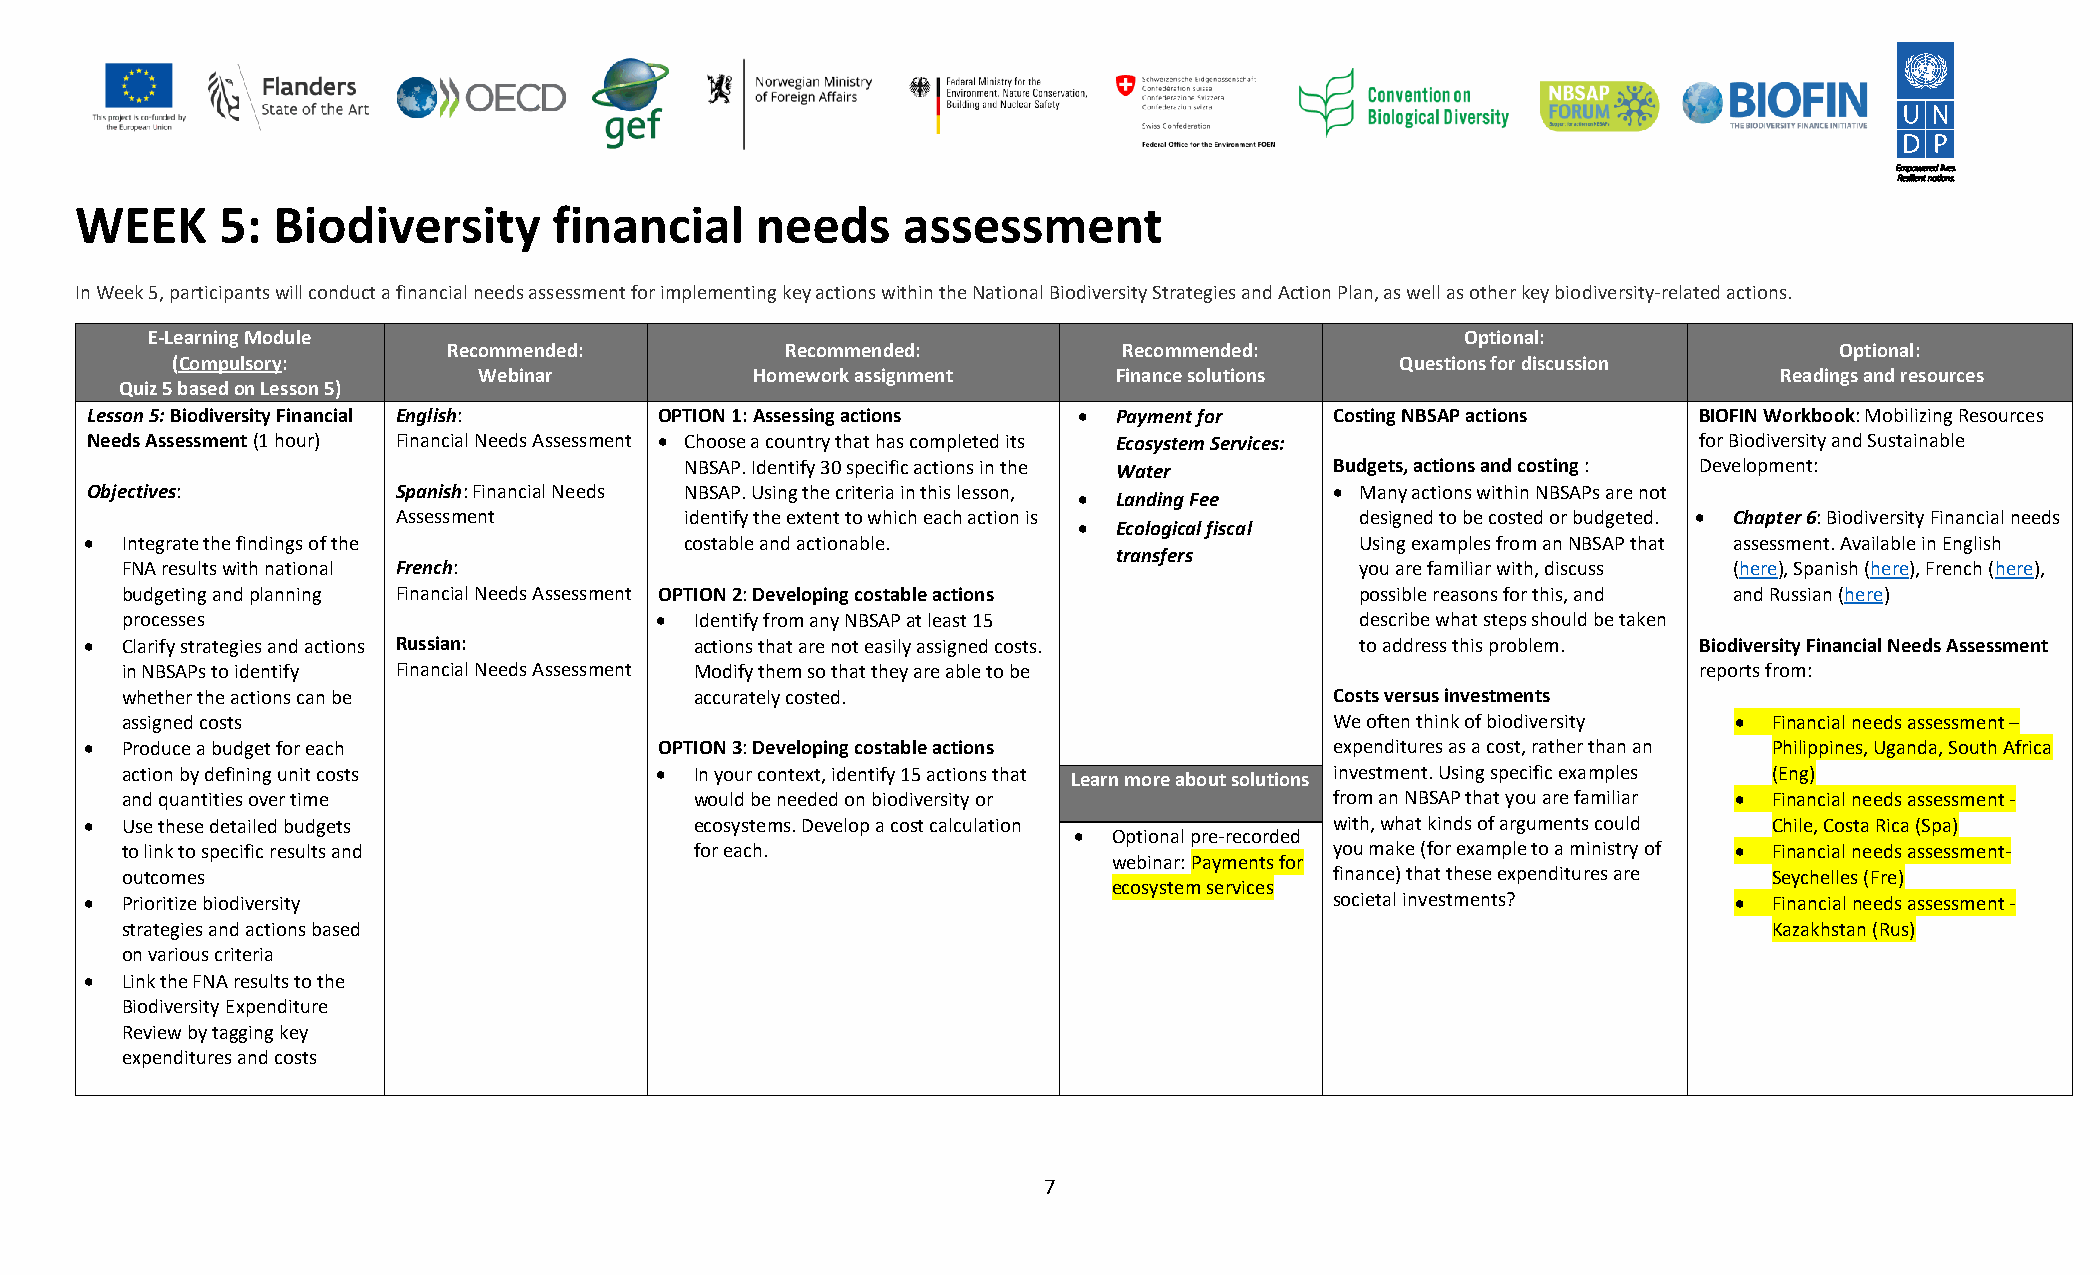
WEEK      5: Biodiversity       financial    needs     assessment
 In Week 5, participants will conduct a financial needs assessment for implementing key actions within the National Biodiversity Strategies and Action Plan, as well as other key biodiversity-related actions.
 E-Learning Module                                                                      Optional:
 Recommended:          Recommended:          Recommended:                                    Optional:
 (Compulsory:                                                                      Questions for discussion
 Webinar           Homework assignment     Finance solutions                           Readings and resources
 Quiz 5 based on Lesson 5)
 Lesson 5: Biodiversity Financial English: OPTION 1: Assessing actions • Payment for Costing NBSAP actions BIOFIN Workbook: Mobilizing Resources
 Needs Assessment (1 hour) Financial Needs Assessment • Choose a country that has completed its Ecosystem Services: for Biodiversity and Sustainable
 NBSAP. Identify 30 specific actions in the Water Budgets, actions and costing : Development:
 Objectives:         Spanish: Financial Needs NBSAP. Using the criteria in this lesson, • Many actions within NBSAPs are not
 •  Landing Fee
 Assessment         identify the extent to which each action is  designed to be costed or budgeted. • Chapter 6: Biodiversity Financial needs
 •  Ecological fiscal
 • Integrate the findings of the        costable and actionable.                     Using examples from an NBSAP that assessment. Available in English
 transfers
 FNA results with national French:                                                 you are familiar with, discuss (here), Spanish (here), French (here),
 budgeting and planning Financial Needs Assessment OPTION 2: Developing costable actions possible reasons for this, and and Russian (here)
 processes                          •  Identify from any NBSAP at least 15         describe what steps should be taken
 • Clarify strategies and actions Russian: actions that are not easily assigned costs. to address this problem. Biodiversity Financial Needs Assessment
 in NBSAPs to identify Financial Needs Assessment Modify them so that they are able to be                reports from:
 whether the actions can be            accurately costed.                        Costs versus investments
 assigned costs                                                                  We often think of biodiversity • Financial needs assessment –
 • Produce a budget for each           OPTION 3: Developing costable actions       expenditures as a cost, rather than an Philippines, Uganda, South Africa
 action by defining unit costs      •  In your context, identify 15 actions that Learn more about solutions investment. Using specific examples (Eng)
 and quantities over time              would be needed on biodiversity or        from an NBSAP that you are familiar • Financial needs assessment -
 • Use these detailed budgets            ecosystems. Develop a cost calculation    with, what kinds of arguments could Chile, Costa Rica (Spa)
 •  Optional pre-recorded
 to link to specific results and       for each.                                 you make (for example to a ministry of • Financial needs assessment-
 webinar: Payments for
 outcomes                                                                        finance) that these expenditures are Seychelles (Fre)
 ecosystem services
 • Prioritize biodiversity                                                         societal investments?      • Financial needs assessment -
 strategies and actions based                                                                                 Kazakhstan (Rus)
 on various criteria
 • Link the FNA results to the
 Biodiversity Expenditure
 Review by tagging key
 expenditures and costs
 7